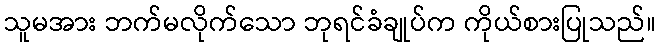
သူမအား ဘက်မလိုက်သော ဘုရင်ခံချုပ်က ကိုယ်စားပြုသည်။